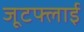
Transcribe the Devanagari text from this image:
जूटफ्लाई